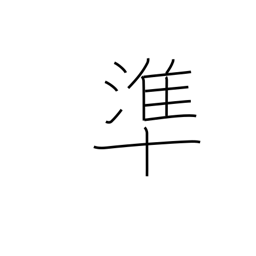
Meaning: correspond to